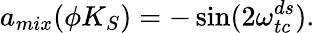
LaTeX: a_{mix}(\phi K_{S})=-\sin(2\omega_{tc}^{ds}).